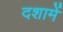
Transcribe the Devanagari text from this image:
दशामें